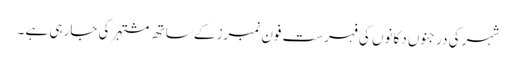
شہر کی درجنوں دکانوں کی فہرست فون نمبرز کے ساتھ مشتہر کی جارہی ہے ۔